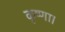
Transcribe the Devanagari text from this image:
कृष्णा।